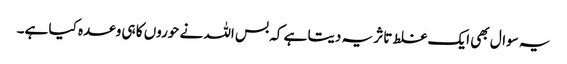
یہ سوال بھی ایک غلط تاثر یہ دیتا ہے کہ بس اللہ نے حوروں کا ہی وعدہ کیا ہے۔